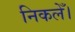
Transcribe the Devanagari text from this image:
निकलेँ।